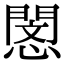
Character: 𢡻